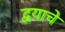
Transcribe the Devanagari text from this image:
द्वयाचे